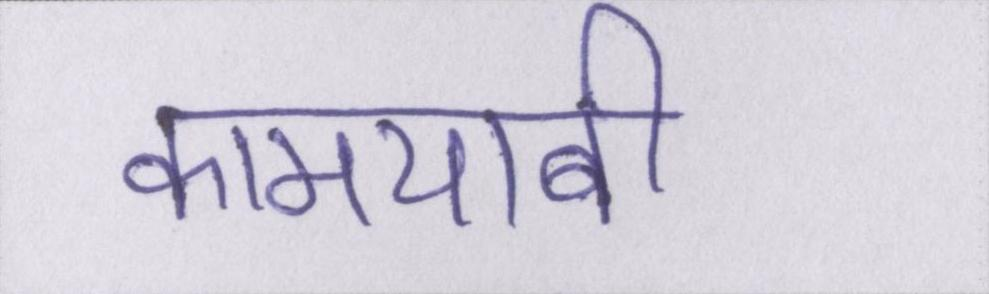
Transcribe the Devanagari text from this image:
कामयाबी